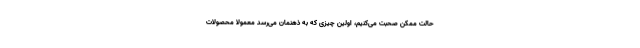
حالت ممکن صحبت می‌کنیم، اولین چیزی که به ذهنمان می‌رسد معمولا محصولات